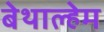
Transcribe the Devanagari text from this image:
बेथाल्हेम